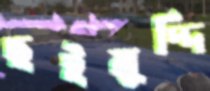
ছইমুদ্দি